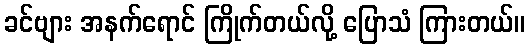
ခင်ဗျား အနက်ရောင် ကြိုက်တယ်လို့ ပြောသံ ကြားတယ်။